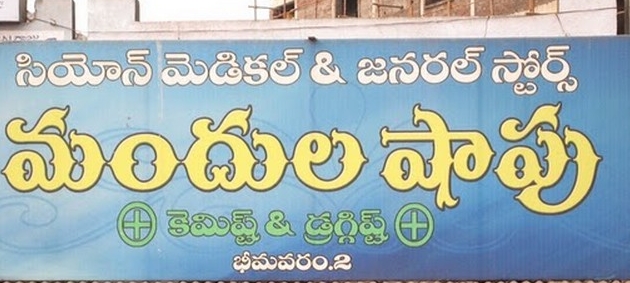
Language: telugu
Transcription: మందుల డ్రగ్గిష్ట్ భీమవరం. మెడికల్ జనరల్ స్టోర్స్ కెమిష్ట్ షాపు